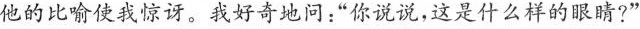
他的比喻使我惊讶。我好奇地问：”你说说，这是什么样的眼睛?”